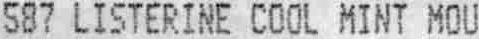
587 LISTERINE COOL MINT MOU